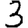
Digit: 3